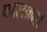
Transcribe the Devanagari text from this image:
कालक्रम।